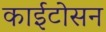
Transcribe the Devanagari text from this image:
काईटोसन